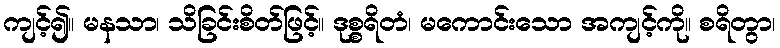
ကျင့်၍။ မနသာ၊ သိခြင်းစိတ်ဖြင့်။ ဒုစ္စရိတံ၊ မကောင်းသော အကျင့်ကို။ စရိတွာ၊